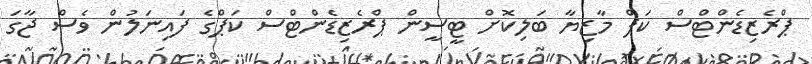
ޕްރެޒިޑެންޓްސް ކަޕް މާޒިޔާ ބަލިކޮށް ޓީސީން ޕްރެޒިޑެންޓްސް ކަޕްގެ ފައިނަލުން ވެސް ޖާގަ